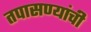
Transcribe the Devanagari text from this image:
तपासण्यांची